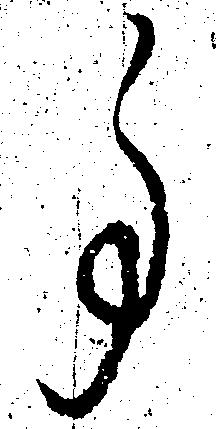
事